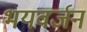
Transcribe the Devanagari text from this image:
भयवर्जन